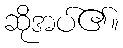
ဆိုအပ်၏။